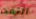
التفت